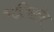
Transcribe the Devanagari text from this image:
सन्निपातेन